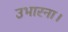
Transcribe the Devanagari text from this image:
उभारना।